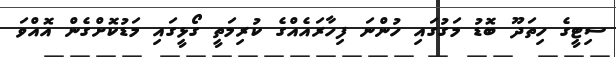
ސިޓީގެ ހިތަދޫ ބޮޑު މަގުގައި ހުންނަ ފިހާރައެއްގެ ކުރިމަތީ ގޯޅީގައި މަޑުކޮށްގެން އޮއްވަ